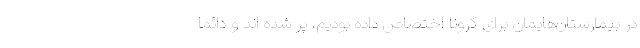
در بیمارستان‌هایمان برای کرونا اختصاص داده بودیم، پر شده اند و دائما